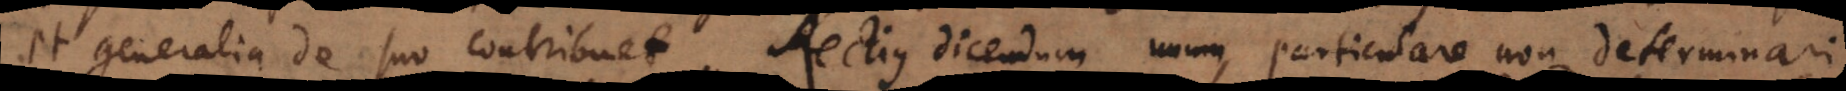
et generalia de suo contribuet. Rectius dicendum unum particulare non determinari